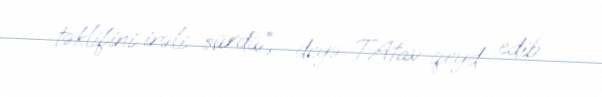
təklifini irəli sürdü”, -deyə T.Atav qeyd edib.